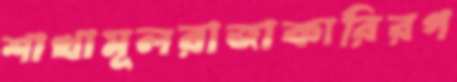
শাখামূলরাজাকারিরগ